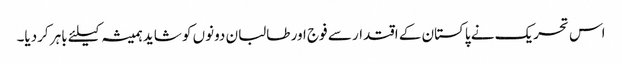
اس تحریک نے پاکستان کے اقتدار سے فوج اور طالبان دونوں کو شاید ہمیشہ کیلئے باہر کردیا۔